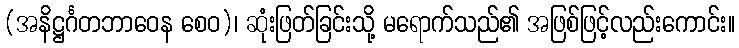
(အနိဋ္ဌင်္ဂတဘာဝေန စေဝ)၊ ဆုံးဖြတ်ခြင်းသို့ မရောက်သည်၏ အဖြစ်ဖြင့်လည်းကောင်း။